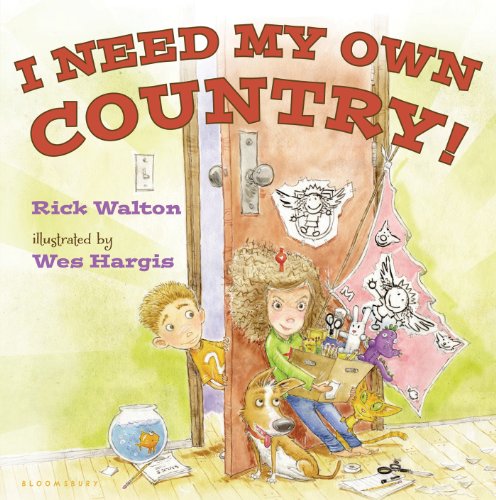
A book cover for I Need My Own Country!; Rick Walton; Children's Books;